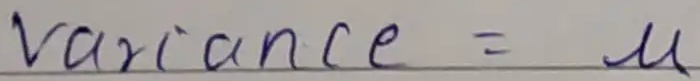
variance = $\mu$